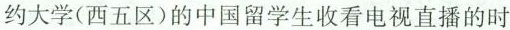
约大学(西五区)的中国留学生收看电视直播的时